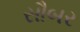
સૌબર